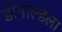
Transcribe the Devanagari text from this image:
डोनाल्डला